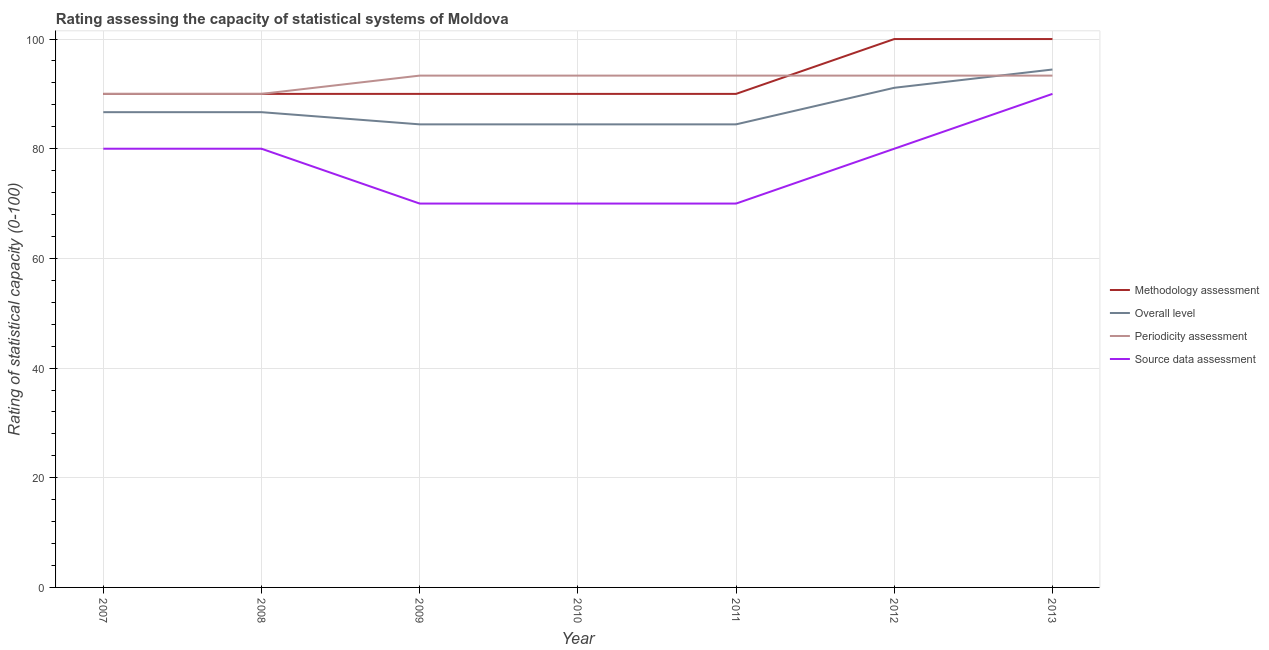
| Year | Methodology assessment | Overall level | Periodicity assessment | Source data assessment |
 | --- | --- | --- | --- | --- |
 | 2007 | 90 | 86.7 | 90 | 80 |
 | 2008 | 90 | 86.7 | 90 | 80 |
 | 2009 | 90 | 84.4 | 93.3 | 70 |
 | 2010 | 90 | 84.4 | 93.3 | 70 |
 | 2011 | 90 | 84.4 | 93.3 | 70 |
 | 2012 | 100 | 91.1 | 93.3 | 80 |
 | 2013 | 100 | 94.4 | 93.3 | 90 |